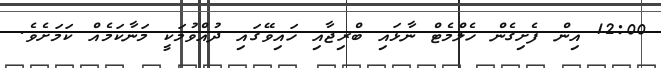
12:00 އިން ފެށިގެން ހެލްމެޓް ނާޅައި ބްރިޖާއި ހައިވޭގައި ދުއްވުމަކީ މަނާކަމެއް ކަމަށެވެ.